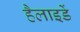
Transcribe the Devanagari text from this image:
हैलाइडें